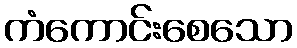
ကံကောင်းစေသော